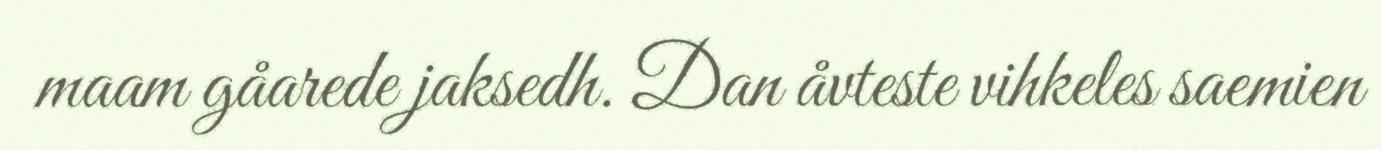
maam gåarede jaksedh. Dan åvteste vihkeles saemien